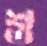
শু